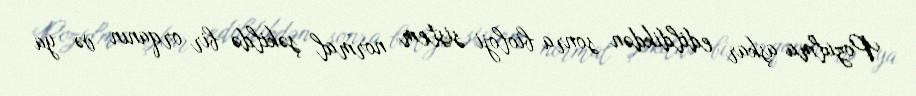
Pozulma aşkar edildikdən sonra bioloji sistem normal şəkildə bir orqanın və ya